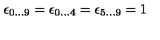
\epsilon _ { 0 \ldots 9 } = \epsilon _ { 0 \ldots 4 } = \epsilon _ { 5 \ldots 9 } = 1